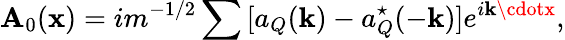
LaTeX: \mathbf{A}_{0}({\mathbf{x}})=im^{-1/2}\sum{}[a_{Q}({\mathbf{k}})-a_{Q}^{\star}(-{\mathbf{k}})]e^{i{\mathbf{k}\cdotx}},